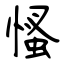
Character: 慅